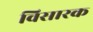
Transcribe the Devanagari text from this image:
विसारक